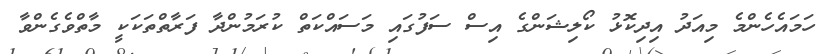
ހަމައެހެންމެ މިއަދު އިދިކޮޅު ކޯލިޝަންގެ އިސް ސަފުގައި މަސައްކަތް ކުރަމުންދާ ފަރާތްތަކަކީ މާތްވެގެންވާ